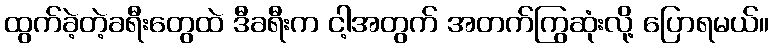
ထွက်ခဲ့တဲ့ခရီးတွေထဲ ဒီခရီးက ငါ့အတွက် အတက်ကြွဆုံးလို့ ပြောရမယ်။